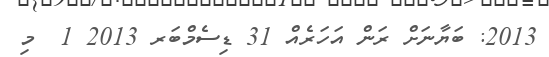
2013: ބަޔާނަށް ރަން އަހަރެއް 31 ޑިސެމްބަރ 2013 1  މި